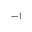
{ } ^ { - 1 }